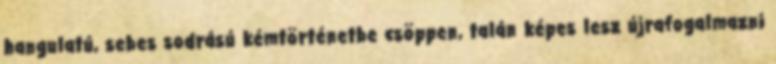
hangulatú, sebes sodrású kémtörténetbe csöppen, talán képes lesz újrafogalmazni